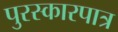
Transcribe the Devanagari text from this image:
पुरस्कारपात्र